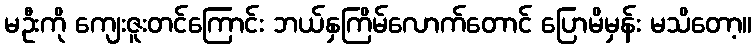
မဦးကို ကျေးဇူးတင်ကြောင်း ဘယ်နှကြိမ်လောက်တောင် ပြောမိမှန်း မသိတော့။